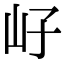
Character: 㞨